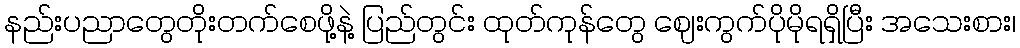
နည်းပညာတွေတိုးတက်စေဖို့နဲ့ ပြည်တွင်း ထုတ်ကုန်တွေ ဈေးကွက်ပိုမိုရရှိပြီး အသေးစား၊